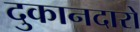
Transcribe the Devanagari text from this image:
दुकानदारो